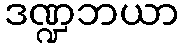
ဒဏ္ဍဘယာ